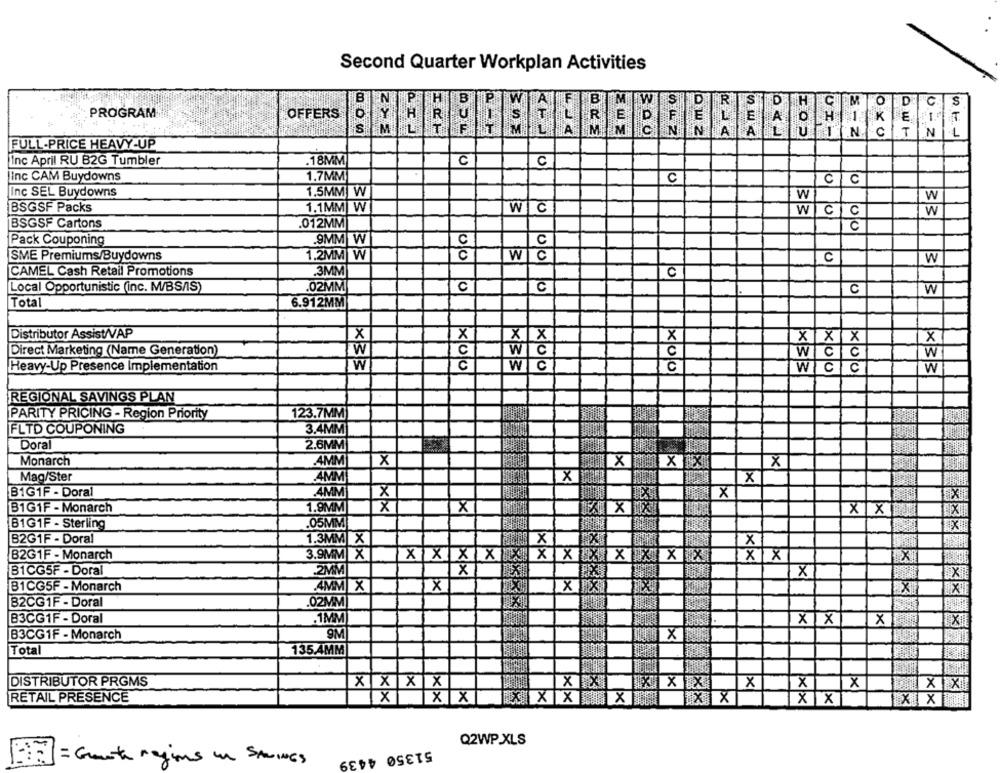
Second Quarter Workplan Activities
O
D
PROGRAM
OFFERS
N
c
T
" w <
000
0 - z
FULL-PRICE HEAVY-UP
Inc April RU B2G Tumbler
.18MM
C
C
Inc CAM Buydowns
1.7MM
C
Inc SEL Buydowns
1.5MM W
W
W
BSGSF Packs
1.1MM W
W
0
0 0
w
BSGSF Cartons
012MM
000
.9MM W
Pack Couponing
C
SME Premiums/Buydowns
1.2MM
WC
C
W
.3MM
CAMEL Cash Retail Promotions
C
.02MM
Local Opportunistic (inc. M/BSAIS)
00 0
C
C
W
Total
6.912MM
Distributor Assist/VAP
X
X
X
X
XX
XXX
Direct Marketing (Name Generation)
W
C
W
Heavy-Up Presence Implementation
W
C
w c
C
W Cc
W
REGIONAL SAVINGS PLAN
PARITY PRICING - Region Priority
123.7MM
FLTD COUPONING
3.4MM
Doral
2.6MM
Monarch
AMM
x
X
Mag/Ster
4MM
TX
x
B1G1F - Doral
4MM
X
TX
B1G1F - Monarch
1.9MM
X
XIX
B1G1F - Sterling
.05MM
B2G1F - Doral
1.3MM X
x
X
B2G1F - Monarch
3.9MM X
X
XX XX XXX
XXXIX
XX
B1CG5F - Doral
2MM
X
B1CG5F - Monarch
4MM X
X
B2CG1F - Doral
.02MM
1MM
B3CG1F - Doral
XIX
X
9M
B3CG1F - Monarch
X
Total
135.4MM
DISTRIBUTOR PRGMS
XX XX
x
1XX XX
X
X
X
RETAIL PRESENCE
1X
X X
XX XX
1X X
xx
XX
Q2WP.XLS
51350 4439
= Gente regions in SAVINGS